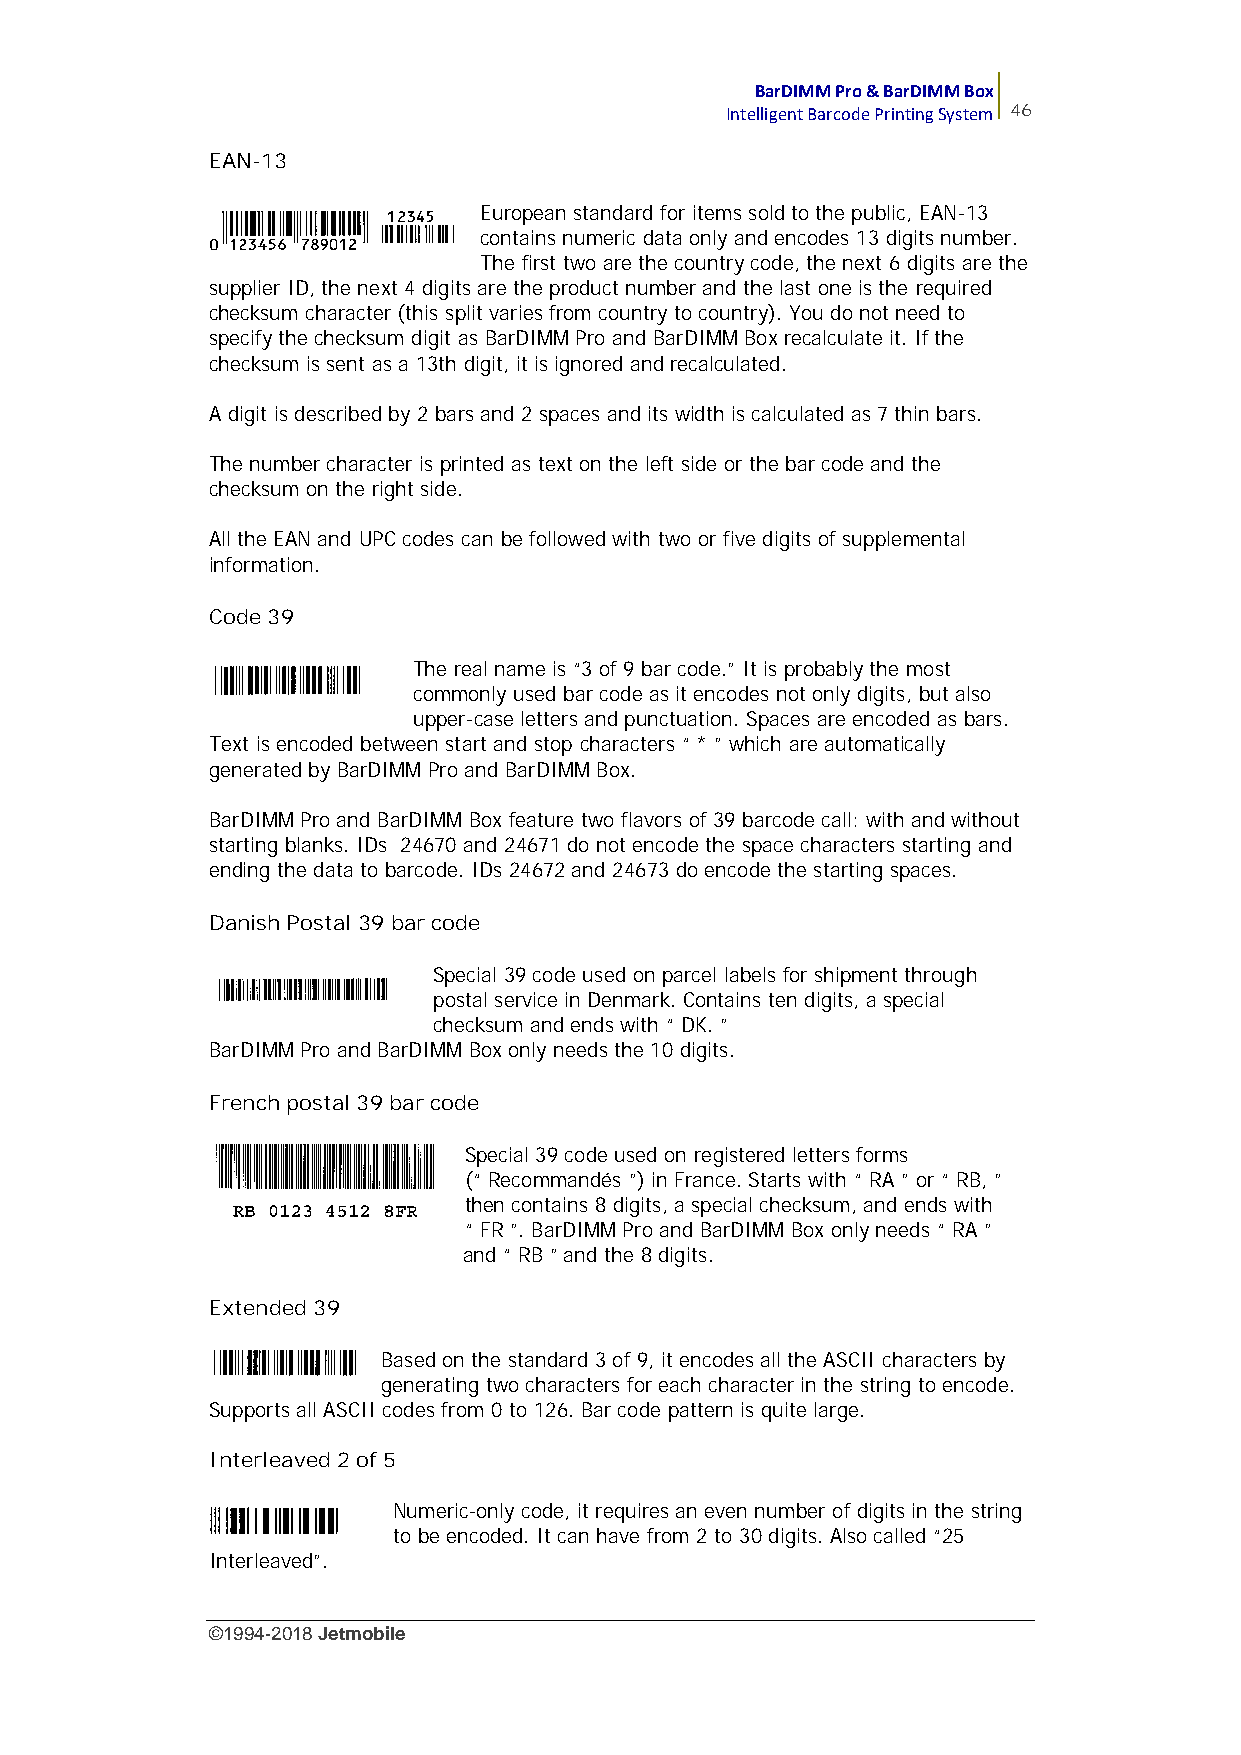
BarDIMM Pro & BarDIMM Box
 Intelligent Barcode Printing System 46
 EAN-13
 European standard for items sold to the public, EAN-13
 contains numeric data only and encodes 13 digits number.
 The first two are the country code, the next 6 digits are the
 supplier ID, the next 4 digits are the product number and the last one is the required
 checksum character (this split varies from country to country). You do not need to
 specify the checksum digit as BarDIMM Pro and BarDIMM Box recalculate it. If the
 checksum is sent as a 13th digit, it is ignored and recalculated.
 A digit is described by 2 bars and 2 spaces and its width is calculated as 7 thin bars.
 The number character is printed as text on the left side or the bar code and the
 checksum on the right side.
 All the EAN and UPC codes can be followed with two or five digits of supplemental
 information.
 Code 39
 The real name is “3 of 9 bar code.” It is probably the most
 commonly used bar code as it encodes not only digits, but also
 upper-case letters and punctuation. Spaces are encoded as bars.
 Text is encoded between start and stop characters “ * ” which are automatically
 generated by BarDIMM Pro and BarDIMM Box.
 BarDIMM Pro and BarDIMM Box feature two flavors of 39 barcode call: with and without
 starting blanks. IDs 24670 and 24671 do not encode the space characters starting and
 ending the data to barcode. IDs 24672 and 24673 do encode the starting spaces.
 Danish Postal 39 bar code
 Special 39 code used on parcel labels for shipment through
 postal service in Denmark. Contains ten digits, a special
 checksum and ends with “ DK. ”
 BarDIMM Pro and BarDIMM Box only needs the 10 digits.
 French postal 39 bar code
 Special 39 code used on registered letters forms
 (“ Recommandés ”) in France. Starts with “ RA ” or “ RB, ”
 then contains 8 digits, a special checksum, and ends with
 “ FR ”. BarDIMM Pro and BarDIMM Box only needs “ RA ”
 and “ RB ” and the 8 digits.
 Extended 39
 Based on the standard 3 of 9, it encodes all the ASCII characters by
 generating two characters for each character in the string to encode.
 Supports all ASCII codes from 0 to 126. Bar code pattern is quite large.
 Interleaved 2 of 5
 Numeric-only code, it requires an even number of digits in the string
 to be encoded. It can have from 2 to 30 digits. Also called “25
 Interleaved”.
 ©1994-2018Jetmobile
 E
 r
 r
 o